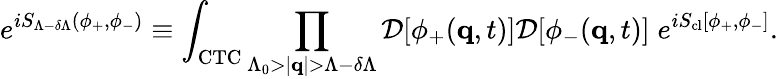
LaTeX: e^{iS_{\Lambda-\delta\Lambda}(\phi_{+},\phi_{-})}\equiv\int_{\mathrm{CTC}}\prod_{\Lambda_{0}>|{\mathbf q}|>\Lambda-\delta\Lambda}{\cal D}[\phi_{+}({\mathbf q},t)]{\cal D}[\phi_{-}({\mathbf q},t)]\; e^{iS_{\mathrm{cl}}[\phi_{+},\phi_{-}]}.